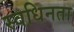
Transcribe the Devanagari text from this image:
स्वधिनता